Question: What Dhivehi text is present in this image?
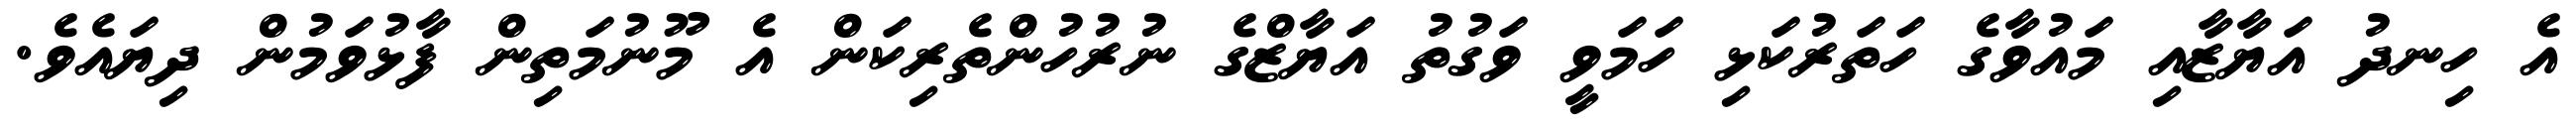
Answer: އެ ހިނދު އަޔާޒާއި މައުވާގެ ހަތަރުކަޅި ހަމަވީ ވަގުތު އަޔާޒްގެ ނުރުހުންތެރިކަން އެ މޫނުމަތިން ފާޅުވަމުން ދިޔައެވެ.